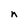
Character: n